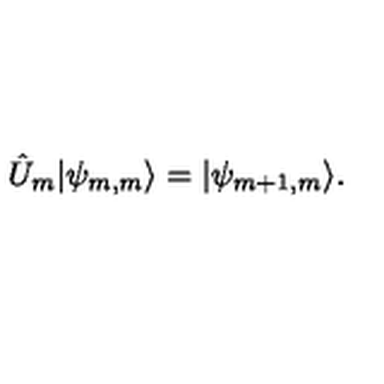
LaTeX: \hat { U } _ { m } | \psi _ { m , m } \rangle = | \psi _ { m + 1 , m } \rangle .